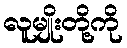
လူမျိုးတို့ကို